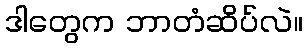
ဒါတွေက ဘာတံဆိပ်လဲ။